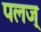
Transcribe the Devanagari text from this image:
पलज्